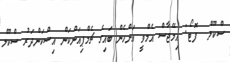
ސްކޫލް  ފޮޓޯ: އިމޭޖާސް އެމްވީ އަންހެން ބައިގެ ޗެމްޕިއަންކަން އިސްކަންދަރު ސްކޫލް